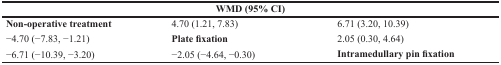
<table><thead><tr><td colspan="3"><b>WMD (95% CI)</b></td></tr></thead><tbody><tr><td><b>Non-operative treatment</b></td><td>4.70 (1.21, 7.83)</td><td>6.71 (3.20, 10.39)</td></tr><tr><td>−4.70 (−7.83, −1.21)</td><td><b>Plate fixation</b></td><td>2.05 (0.30, 4.64)</td></tr><tr><td>−6.71 (−10.39, −3.20)</td><td>−2.05 (−4.64, −0.30)</td><td><b>Intramedullary pin fixation</b></td></tr></tbody></table>